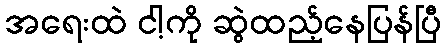
အရေးထဲ ငါ့ကို ဆွဲထည့်နေပြန်ပြီ